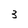
Character: 3